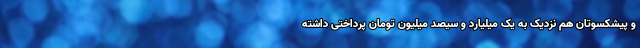
و پیشکسوتان هم نزدیک به یک میلیارد و سیصد میلیون تومان پرداختی داشته